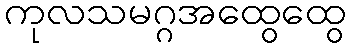
ကုလသမဂ္ဂအထွေထွေ